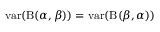
\operatorname { v a r } ( \mathrm { B } ( \alpha , \beta ) ) = \operatorname { v a r } ( \mathrm { B } ( \beta , \alpha ) )